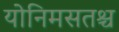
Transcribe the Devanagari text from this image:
योनिमसतश्च